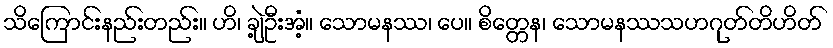
သိကြောင်းနည်းတည်း။ ဟိ၊ ချဲ့ဦးအံ့။ သောမနဿ၊ ပေ။ စိတ္တေန၊ သောမနဿသဟဂုတ်တိဟိတ်